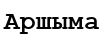
Аршыма